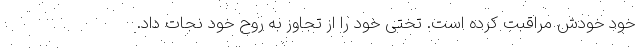
خودِ خودش مراقبت کرده است. تختی خود را از تجاوز به روح خود نجات داد.